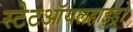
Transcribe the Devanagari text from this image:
स्टेटऑयलहाइड्रो